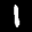
Label: 1